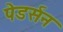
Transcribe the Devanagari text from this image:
पेडर्सन